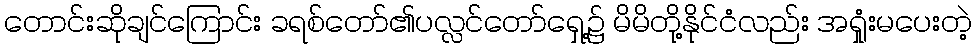
တောင်းဆိုချင်ကြောင်း ခရစ်တော်၏ပလ္လင်တော်ရှေ့၌ မိမိတို့နိုင်ငံလည်း အရှုံးမပေးတဲ့